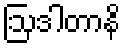
ဩဒါတာနိ